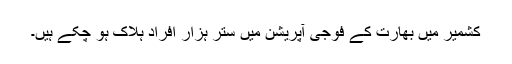
کشمیر میں بھارت کے فوجی آپریشن میں ستر ہزار افراد ہلاک ہو چکے ہیں۔